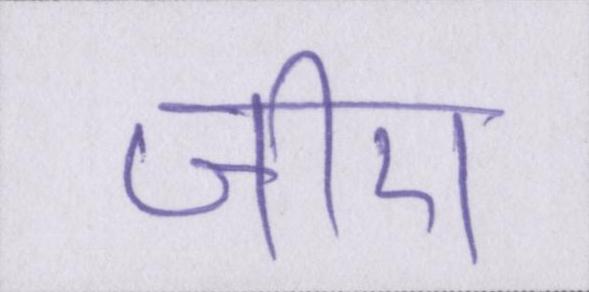
जीरा